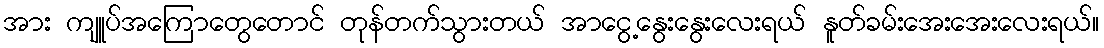
အား ကျူပ်အကြောတွေတောင် တုန်တက်သွားတယ် အာငွေ့နွေးနွေးလေးရယ် နူတ်ခမ်းအေးအေးလေးရယ်။